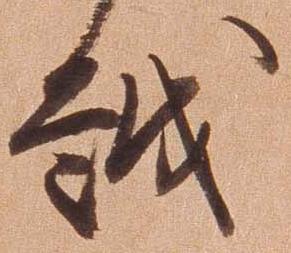
越